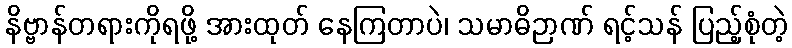
နိဗ္ဗာန်တရားကိုရဖို့ အားထုတ် နေကြတာပဲ၊ သမာဓိဉာဏ် ရင့်သန် ပြည့်စုံတဲ့